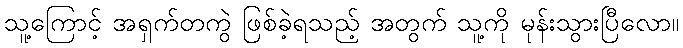
သူ့ကြောင့် အရှက်တကွဲ ဖြစ်ခဲ့ရသည့် အတွက် သူ့ကို မုန်းသွားပြီလော။